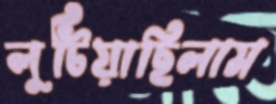
লুটিয়াছিলাম